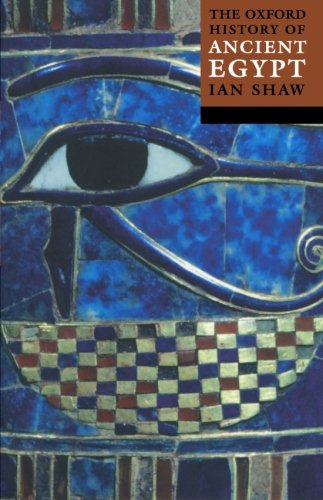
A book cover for The Oxford History of Ancient Egypt; History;